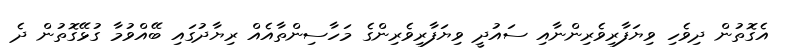
އެގޮތުން ދިވެހި ވިޔަފާރިވެރިންނާއި ސައުދީ ވިޔަފާރިވެރިންގެ މަހާސިންތާއެއް ރިޔާދުގައި ބޭއްވުމާ ގުޅޭގޮތުން ދެ